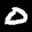
Label: 0